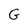
Character: G